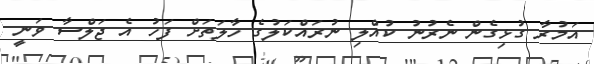
އަމުރާ ގުޅިގެން ނެރުނު ކުއްލި ނުރައްކަލުގެ ހާލަތަށް ފަހު އެ ޖަލްސާ ވަނީ